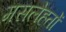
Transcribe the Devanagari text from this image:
मसलेहतों